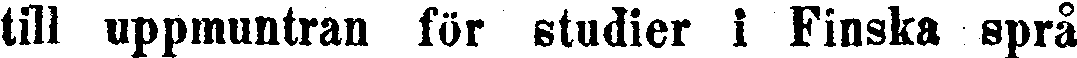
till uppmuntran för studier i Finska språ